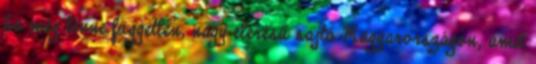
ha még lenne független, nagy elérésű sajtó Magyarországon, amit